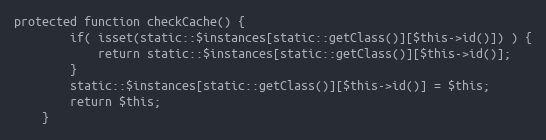
Language: PHP
protected function checkCache() {
		if( isset(static::$instances[static::getClass()][$this->id()]) ) {
			return static::$instances[static::getClass()][$this->id()];
		}
		static::$instances[static::getClass()][$this->id()] = $this;
		return $this;
	}